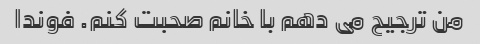
من ترجیح می دهم با خانم صحبت کنم. فوندا